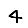
Digit: 4